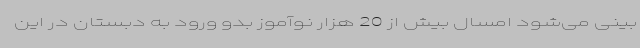
بینی می‌شود امسال بیش از 20 هزار نوآموز بدو ورود به دبستان در این